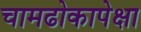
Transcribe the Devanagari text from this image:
चामढोकापेक्षा